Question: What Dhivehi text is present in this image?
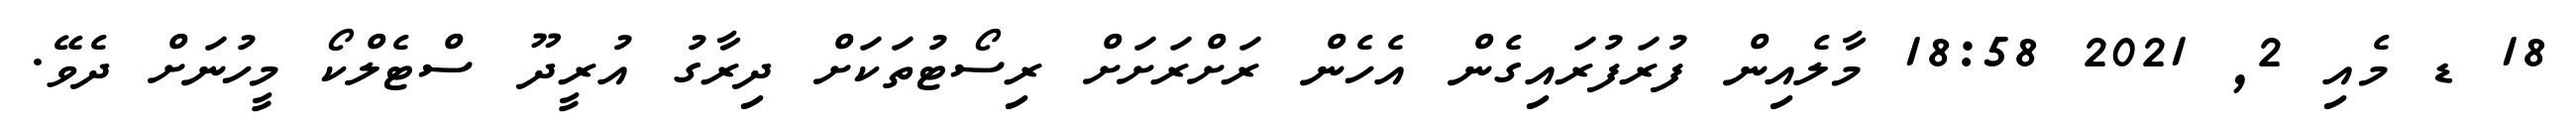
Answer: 18 ޑ މެއި 2, 2021 18:58 މާލެއިން ފުރަފުރައިގެން އެހެން ރަށްރަށަށް ރިސޯޓުތަކަށް ދިރާގު އުރީދޫ ސްޓެލްކޯ މީހުނަށް ދެވޭ.